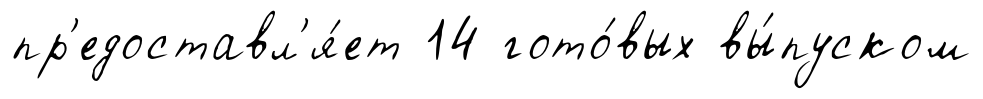
пр'едоставл'я́ет 14 гото́вых вы́пуском